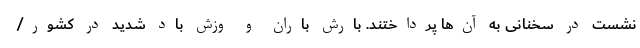
نشست در سخنانی به آن‌ها پرداختند. بارش باران و وزش باد شدید در کشور/